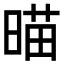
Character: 𣈴